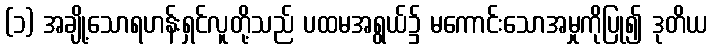
(၁) အချို့သောရဟန်းရှင်လူတို့သည် ပထမအရွယ်၌ မကောင်းသောအမှုကိုပြု၍ ဒုတိယ